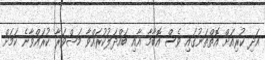
އަދި ކުރިއަށް އޮތްތަނުގައި ވެސް އޮބާމާ އާއި ބައްދަލުކުރައްވާ މަޝްވަރާ ކުރައްވާނެ ކަމަށް